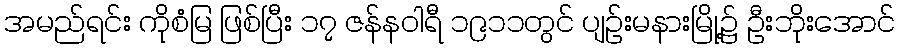
အမည်ရင်း ကိုစံမြ ဖြစ်ပြီး ၁၇ ဇန်နဝါရီ ၁၉၁၁တွင် ပျဉ်းမနားမြို့၌ ဦးဘိုးအောင်